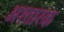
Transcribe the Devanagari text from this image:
अश्तारक